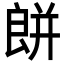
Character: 𦫏